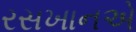
રસખાનએ